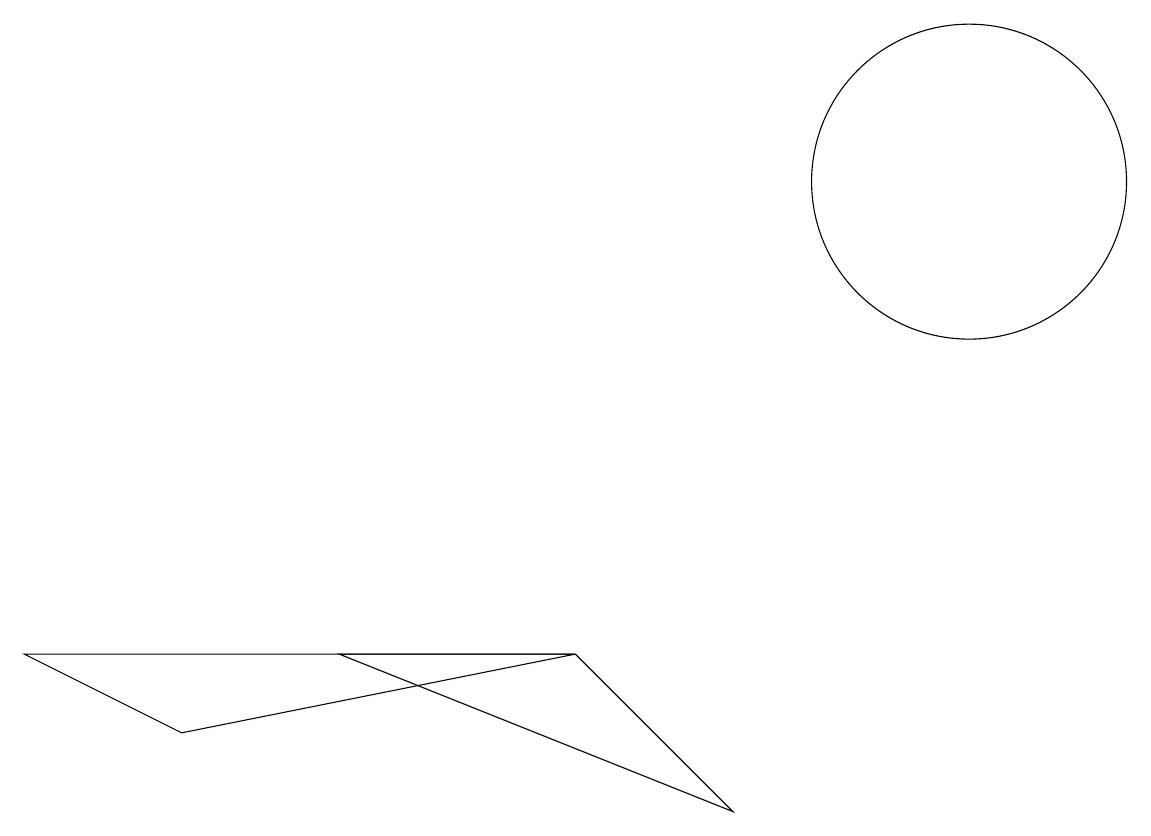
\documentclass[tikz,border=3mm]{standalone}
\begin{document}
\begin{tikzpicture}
\draw (7,6) -- (4,6) -- (9,4) -- cycle;
\draw (7,6) -- (2,5) -- (0,6) -- cycle;
\draw (12,12) circle (2);
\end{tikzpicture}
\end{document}